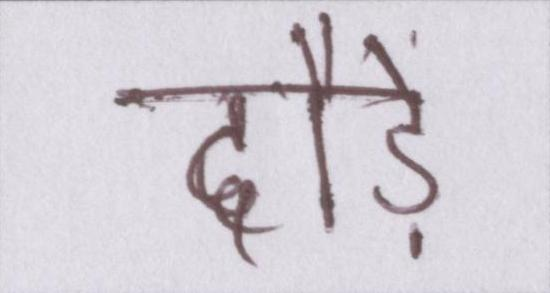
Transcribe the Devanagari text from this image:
दौड़े